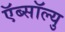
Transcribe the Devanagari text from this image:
ऍब्सॉल्यु